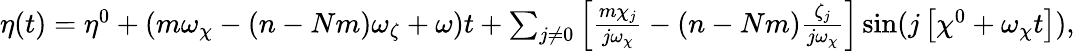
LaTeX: \begin{array}{r}{\eta(t)=\eta^{0}+\left(m\omega_{\chi}-(n-Nm)\omega_{\zeta}+\omega\right)t+\sum_{j\ne 0}\left[\frac{m\chi_{j}}{j\omega_{\chi}}-(n-Nm)\frac{\zeta_{j}}{j\omega_{\chi}}\right]\sin(j\left[\chi^{0}+\omega_{\chi}t\right]),}\end{array}